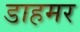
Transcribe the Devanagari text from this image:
डाहमर